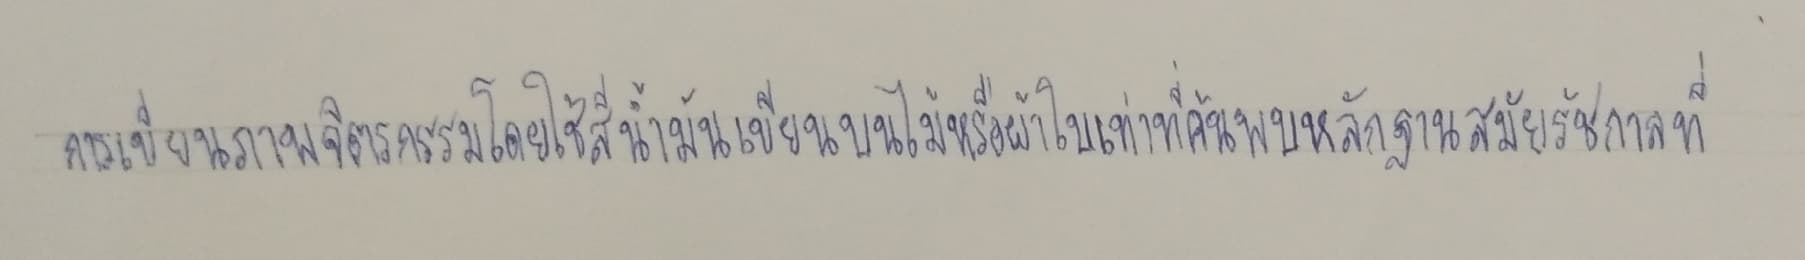
การเขียนภาพจิตรกรรมโดยใช้สีน้ำมันเขียนบนไม้หรือผ้าใบเท่าที่ค้นพบหลักฐานสมัยรัชกาลที่